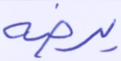
يرضه